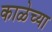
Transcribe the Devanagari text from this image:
काळेच्या